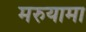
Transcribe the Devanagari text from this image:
मरुयामा